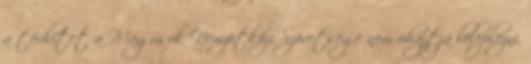
a tévhitet a Mágusok Nemzetközi Szövetsége nem óhajtja leleplezni.